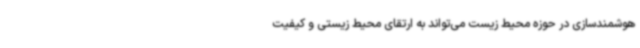
هوشمندسازی در حوزه محیط زیست می‌تواند به ارتقای محیط زیستی و کیفیت